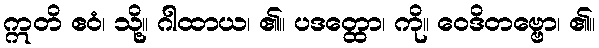
ဣတိ ဧဝံ၊ သို့။ ဂါထာယ၊ ၏။ ပဒတ္ထော၊ ကို။ ဝေဒိတဗ္ဗော၊ ၏။